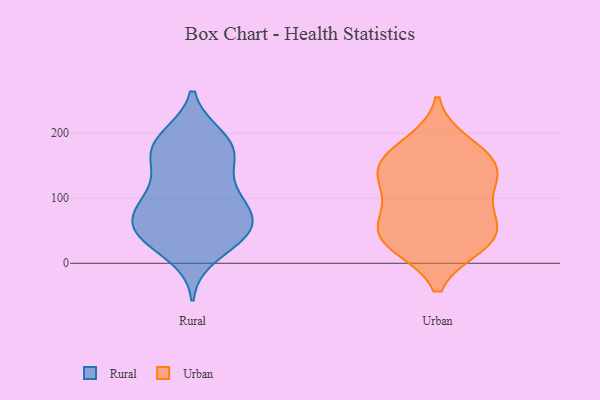
{"axis": {"x": "Waste Production (Tons)", "y": "Value"}, "legend": ["Rural", "Urban"], "data": [{"x": "", "y": 50, "type": "Rural"}, {"x": "", "y": 12, "type": "Rural"}, {"x": "", "y": 161, "type": "Rural"}, {"x": "", "y": 168, "type": "Rural"}, {"x": "", "y": 107, "type": "Rural"}, {"x": "", "y": 103, "type": "Rural"}, {"x": "", "y": 195, "type": "Rural"}, {"x": "", "y": 188, "type": "Rural"}, {"x": "", "y": 40, "type": "Rural"}, {"x": "", "y": 44, "type": "Rural"}, {"x": "", "y": 195, "type": "Rural"}, {"x": "", "y": 96, "type": "Rural"}, {"x": "", "y": 88, "type": "Rural"}, {"x": "", "y": 53, "type": "Rural"}, {"x": "", "y": 155, "type": "Rural"}, {"x": "", "y": 164, "type": "Rural"}, {"x": "", "y": 64, "type": "Rural"}, {"x": "", "y": 90, "type": "Rural"}, {"x": "", "y": 54, "type": "Rural"}, {"x": "", "y": 44, "type": "Rural"}, {"x": "", "y": 96, "type": "Urban"}, {"x": "", "y": 155, "type": "Urban"}, {"x": "", "y": 29, "type": "Urban"}, {"x": "", "y": 51, "type": "Urban"}, {"x": "", "y": 28, "type": "Urban"}, {"x": "", "y": 139, "type": "Urban"}, {"x": "", "y": 136, "type": "Urban"}, {"x": "", "y": 34, "type": "Urban"}, {"x": "", "y": 80, "type": "Urban"}, {"x": "", "y": 56, "type": "Urban"}, {"x": "", "y": 184, "type": "Urban"}, {"x": "", "y": 168, "type": "Urban"}, {"x": "", "y": 133, "type": "Urban"}]}